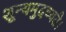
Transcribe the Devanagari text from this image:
शून्यमुदच्यते।